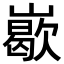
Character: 𡽙